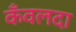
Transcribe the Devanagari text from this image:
कँवलदा